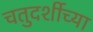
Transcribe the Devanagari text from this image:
चतुदर्शीच्या